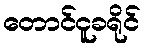
တောင်ငူခရိုင်